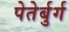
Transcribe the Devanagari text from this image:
पेतेर्बुर्ग